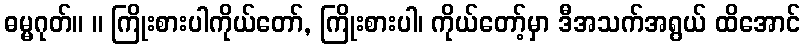
ဓမ္မဂုတ်။ ။ ကြိုးစားပါကိုယ်တော်, ကြိုးစားပါ၊ ကိုယ်တော့်မှာ ဒီအသက်အရွယ် ထိအောင်